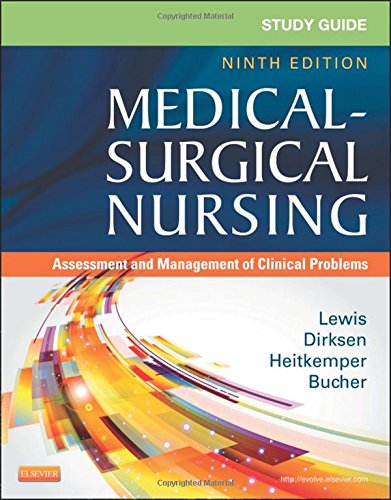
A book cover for Study Guide for Medical-Surgical Nursing: Assessment and Management of Clinical Problems, 9e (Study Guide for Medical-Surgical Nursing: Assessment & Management of Clinical Problem); Sharon L. Lewis RN  PhD  FAAN; Medical Books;